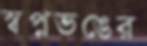
স্বপ্নভঙের